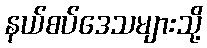
နယ်စပ်ဒေသများသို့